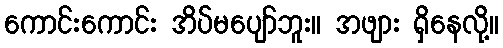
ကောင်းကောင်း အိပ်မပျော်ဘူး။ အဖျား ရှိနေလို့။